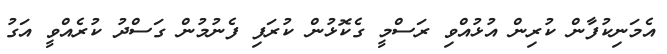
އެމަނިކުފާން ކުރިން އުޅުއްވި ރަސްމީ ގެކޮޅުން ކުރަފި ފެނުމުން ގަސްދު ކުރެއްވީ އަގު